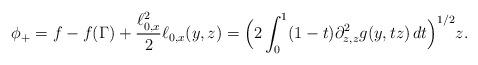
LaTeX: \begin{align*} \phi_{+} = f - f ( \Gamma ) + \frac{\ell_{0 , x}^{2}}{2} \ell_{0 , x} ( y , z ) = \Big( 2 \int_{0}^{1} ( 1 - t ) \partial^{2}_{z , z} g ( y , t z ) \, d t \Big)^{1 / 2} z.\end{align*}